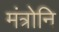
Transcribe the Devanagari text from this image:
मंत्रोनि